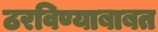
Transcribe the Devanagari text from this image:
ठरविण्याबाबत